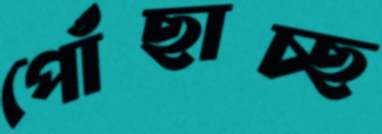
পোঁছাচ্ছ